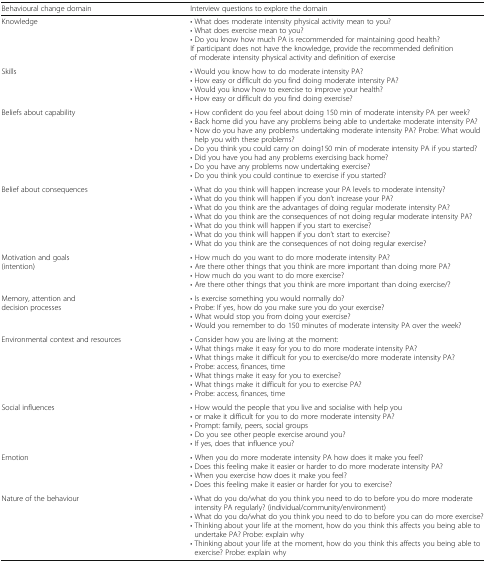
| Behavioural change domain | Interview questions to explore the domain |
 | --- | --- |
 | Knowledge | • What does moderate intensity physical activity mean to you?• What does exercise mean to you?• Do you know how much PA is recommended for maintaining good health?If participant does not have the knowledge, provide the recommended definition of moderate intensity physical activity and definition of exercise |
 | Skills | • Would you know how to do moderate intensity PA?• How easy or difficult do you find doing moderate intensity PA?• Would you know how to exercise to improve your health?• How easy or difficult do you find doing exercise? |
 | Beliefs about capability | • How confident do you feel about doing 150 min of moderate intensity PA per week?• Back home did you have any problems being able to undertake moderate intensity PA?• Now do you have any problems undertaking moderate intensity PA? Probe: What would help you with these problems?• Do you think you could carry on doing150 min of moderate intensity PA if you started?• Did you have you had any problems exercising back home?• Do you have any problems now undertaking exercise?• Do you think you could continue to exercise if you started? |
 | Belief about consequences | • What do you think will happen increase your PA levels to moderate intensity?• What do you think will happen if you don’t increase your PA?• What do you think are the advantages of doing regular moderate intensity PA?• What do you think are the consequences of not doing regular moderate intensity PA?• What do you think will happen if you start to exercise?• What do you think will happen if you don’t start to exercise?• What do you think are the consequences of not doing regular exercise? |
 | Motivation and goals (intention) | • How much do you want to do more moderate intensity PA?• Are there other things that you think are more important than doing more PA?• How much do you want to do more exercise?• Are there other things that you think are more important than doing exercise/? |
 | Memory, attention and decision processes | • Is exercise something you would normally do?• Probe: If yes, how do you make sure you do your exercise?• What would stop you from doing your exercise?• Would you remember to do 150 minutes of moderate intensity PA over the week? |
 | Environmental context and resources | • Consider how you are living at the moment:• What things make it easy for you to do more moderate intensity PA?• What things make it difficult for you to exercise/do more moderate intensity PA?• Probe: access, finances, time• What things make it easy for you to exercise?• What things make it difficult for you to exercise PA?• Probe: access, finances, time |
 | Social influences | • How would the people that you live and socialise with help you• or make it difficult for you to do more moderate intensity PA?• Prompt: family, peers, social groups• Do you see other people exercise around you?• If yes, does that influence you? |
 | Emotion | • When you do more moderate intensity PA how does it make you feel?• Does this feeling make it easier or harder to do more moderate intensity PA?• When you exercise how does it make you feel?• Does this feeling make it easier or harder for you to exercise? |
 | Nature of the behaviour | • What do you do/what do you think you need to do to before you do more moderate intensity PA regularly? (individual/community/environment)• What do you do/what do you think you need to do to before you can do more exercise?• Thinking about your life at the moment, how do you think this affects you being able to undertake PA? Probe: explain why• Thinking about your life at the moment, how do you think this affects you being able to exercise? Probe: explain why |